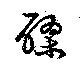
醪